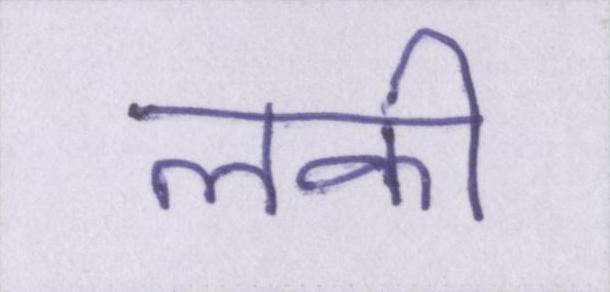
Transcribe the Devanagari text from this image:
लकी